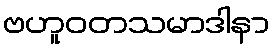
ဗဟူဝတသမာဒါနာ